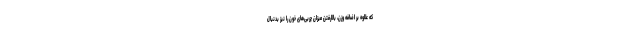
که علاوه بر اضافه وزن، بالارفتن میزان چربی‌های خون را نیز بدنبال